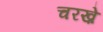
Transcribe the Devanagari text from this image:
चरख़े